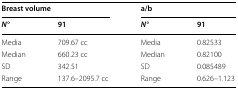
<table><thead><tr><td colspan="2"><b>Breast volume</b></td><td colspan="2"><b>a/b</b></td></tr><tr><td><b><i>N°</i></b></td><td><b>91</b></td><td><b><i>N°</i></b></td><td><b>91</b></td></tr></thead><tbody><tr><td>Media</td><td>709.67 cc</td><td>Media</td><td>0.82533</td></tr><tr><td>Median</td><td>660.23 cc</td><td>Median</td><td>0.82100</td></tr><tr><td>SD</td><td>342.51</td><td>SD</td><td>0.085489</td></tr><tr><td>Range</td><td>137.6–2095.7 cc</td><td>Range</td><td>0.626–1.123</td></tr></tbody></table>